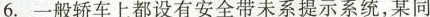
6.一般轿车上都设有安全带未系提示系统，某同